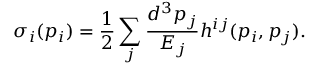
\sigma _ { i } ( p _ { i } ) = \frac { 1 } { 2 } \sum _ { j } \frac { d ^ { 3 } p _ { j } } { E _ { j } } h ^ { i j } ( p _ { i } , p _ { j } ) .